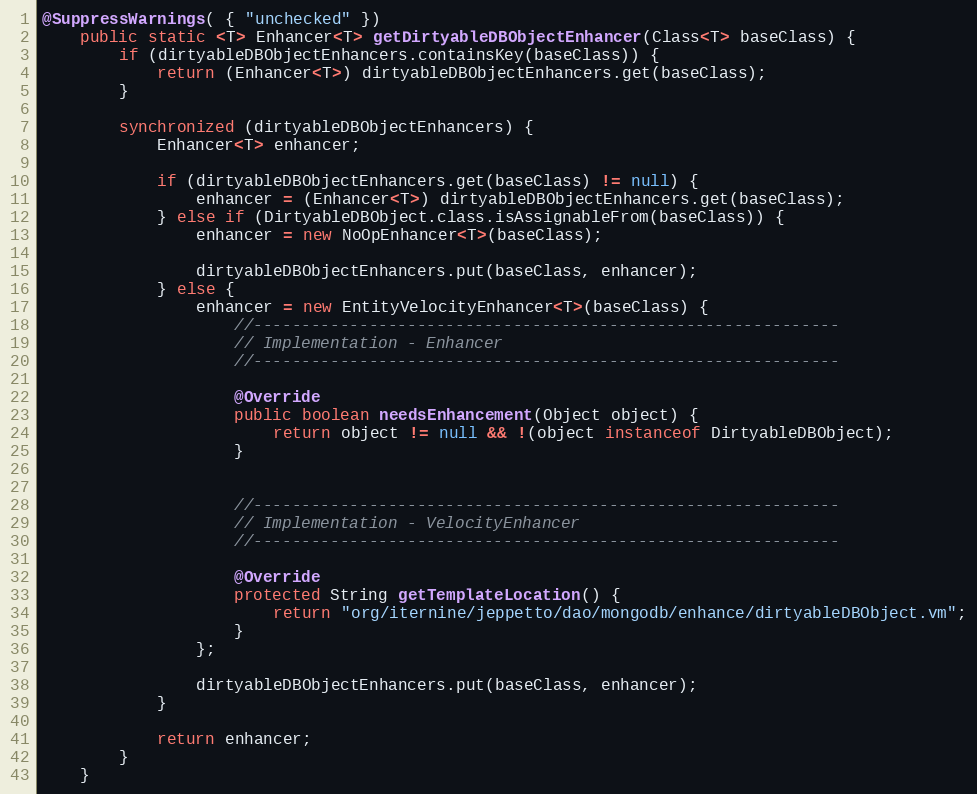
Language: Java
@SuppressWarnings( { "unchecked" })
    public static <T> Enhancer<T> getDirtyableDBObjectEnhancer(Class<T> baseClass) {
        if (dirtyableDBObjectEnhancers.containsKey(baseClass)) {
            return (Enhancer<T>) dirtyableDBObjectEnhancers.get(baseClass);
        }

        synchronized (dirtyableDBObjectEnhancers) {
            Enhancer<T> enhancer;

            if (dirtyableDBObjectEnhancers.get(baseClass) != null) {
                enhancer = (Enhancer<T>) dirtyableDBObjectEnhancers.get(baseClass);
            } else if (DirtyableDBObject.class.isAssignableFrom(baseClass)) {
                enhancer = new NoOpEnhancer<T>(baseClass);

                dirtyableDBObjectEnhancers.put(baseClass, enhancer);
            } else {
                enhancer = new EntityVelocityEnhancer<T>(baseClass) {
                    //-------------------------------------------------------------
                    // Implementation - Enhancer
                    //-------------------------------------------------------------

                    @Override
                    public boolean needsEnhancement(Object object) {
                        return object != null && !(object instanceof DirtyableDBObject);
                    }

                    //-------------------------------------------------------------
                    // Implementation - VelocityEnhancer
                    //-------------------------------------------------------------

                    @Override
                    protected String getTemplateLocation() {
                        return "org/iternine/jeppetto/dao/mongodb/enhance/dirtyableDBObject.vm";
                    }
                };

                dirtyableDBObjectEnhancers.put(baseClass, enhancer);
            }

            return enhancer;
        }
    }